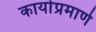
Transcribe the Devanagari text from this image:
कार्याप्रमाणे